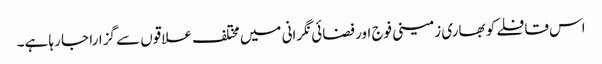
اس قافلے کو بھاری زمینی فوج اور فضائی نگرانی میں مختلف علاقوں سے گزارا جا رہا ہے۔